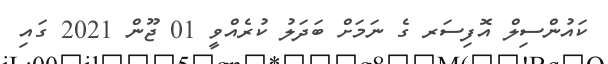
ކައުންސިލް އޮފިސަރ ގެ ނަމަށް ބަދަލު ކުރެއްވީ 01 ޖޫން 2021 ގައި